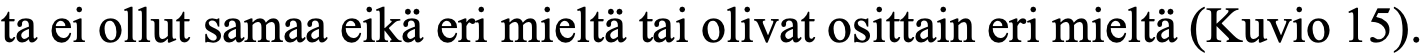
ta ei ollut samaa eikä eri mieltä tai olivat osittain eri mieltä (Kuvio 15).